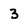
Character: 3